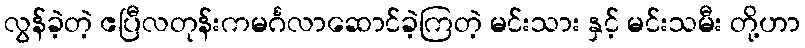
လွန်ခဲ့တဲ့ ဧပြီလတုန်းကမင်္ဂလာဆောင်ခဲ့ကြတဲ့ မင်းသား နှင့် မင်းသမီး တို့ဟာ